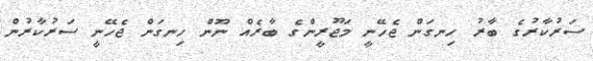
ސަރުކާރުގެ ބާރު ހިނގަން ޖެހޭނީ މަޖޫރީންގެ ބާރެއް ނޫން ހިނގަން ޖެހޭނީ ސަރުކާރުން